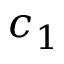
c _ { 1 }